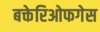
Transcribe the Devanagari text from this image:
बक्तेरिओफगेस